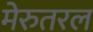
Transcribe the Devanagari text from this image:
मेरुतरल